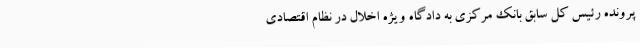
پرونده رئیس کل سابق بانک مرکزی به دادگاه ویژه اخلال در نظام اقتصادی